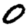
Digit: 0